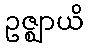
ဥဇ္ဈာယိ